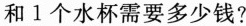
和1个水杯需要多少钱?